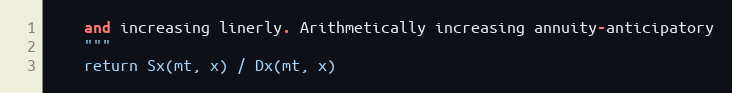
Language: Python
    and increasing linerly. Arithmetically increasing annuity-anticipatory
    """
    return Sx(mt, x) / Dx(mt, x)